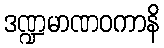
ဒဏ္ဍမာဏဝကာနိ